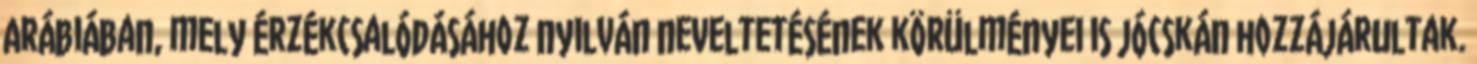
Arábiában, mely érzékcsalódásához nyilván neveltetésének körülményei is jócskán hozzájárultak.